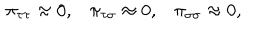
\begin{array} { c c c } { { \pi _ { \tau \tau } \approx 0 , } } & { { \pi _ { \tau \sigma } \approx 0 , } } & { { \pi _ { \sigma \sigma } \approx 0 , } } \\ \end{array}